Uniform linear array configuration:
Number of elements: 4
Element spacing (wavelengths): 1
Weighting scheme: exponential
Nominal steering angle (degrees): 30
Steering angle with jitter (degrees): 29.231
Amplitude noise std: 0.05
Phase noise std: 0.05

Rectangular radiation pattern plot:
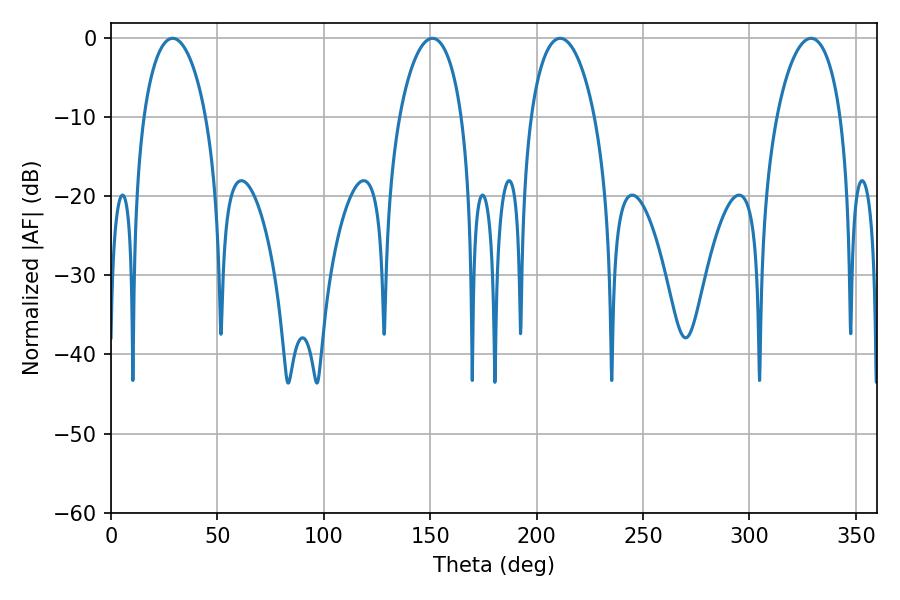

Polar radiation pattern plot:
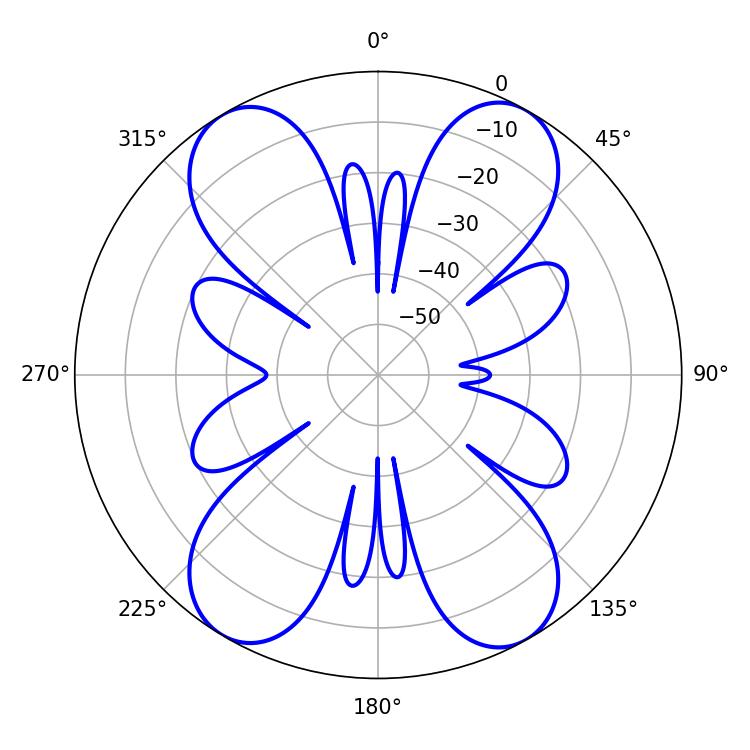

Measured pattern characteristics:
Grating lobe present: TRUE
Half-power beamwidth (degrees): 16.74
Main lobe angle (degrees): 28.98